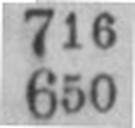
650